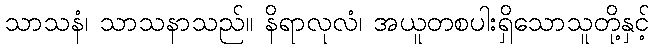
သာသနံ၊ သာသနာသည်။ နိရာလုလံ၊ အယူတစပါးရှိသောသူတို့နှင့်